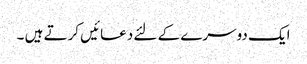
ایک دوسرے کے لئے دعائیں کرتے ہیں ۔